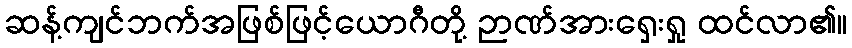
ဆန့်ကျင်ဘက်အဖြစ်ဖြင့်ယောဂီတို့ ဉာဏ်အားရှေးရှု ထင်လာ၏။